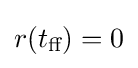
r(t_{\text{ff}})=0